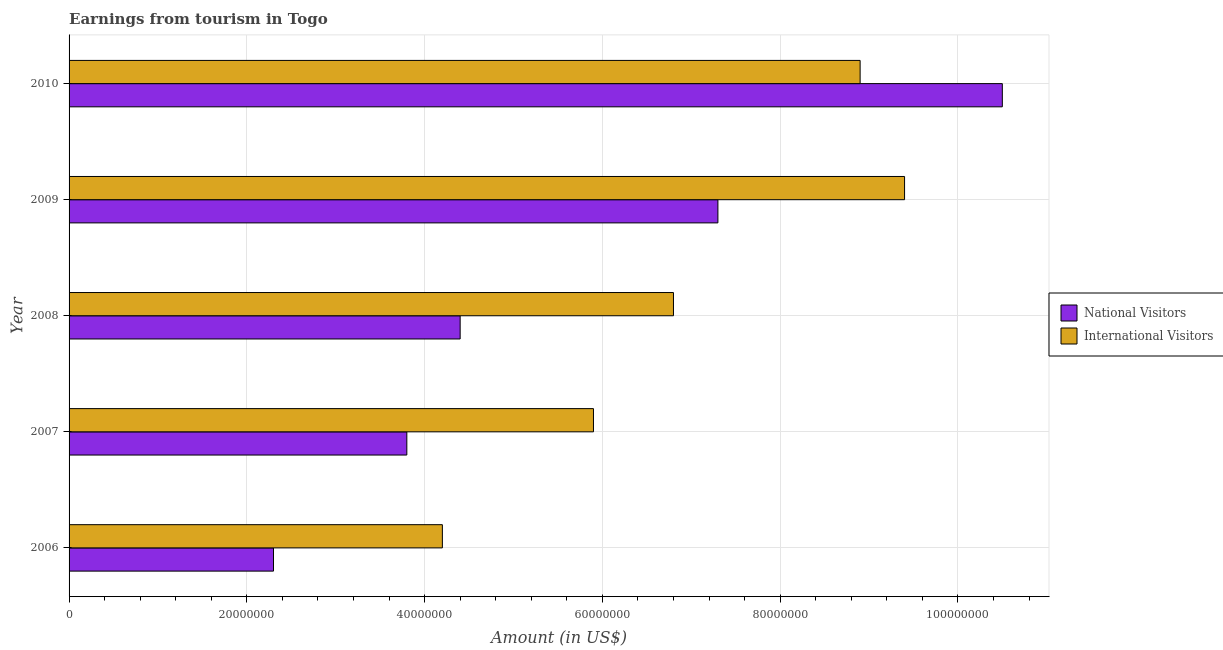
| Year | National Visitors | International Visitors |
 | --- | --- | --- |
 | 2006 | 2.3e+07 | 4.2e+07 |
 | 2007 | 3.8e+07 | 5.9e+07 |
 | 2008 | 4.4e+07 | 6.8e+07 |
 | 2009 | 7.3e+07 | 9.4e+07 |
 | 2010 | 1.05e+08 | 8.9e+07 |